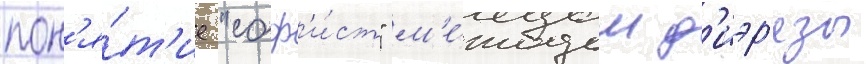
пон'я́т'ие "соф'и́ст" м'е́тодом д'иэр'езы